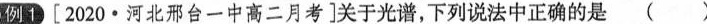
例1 [2020·河北邢台一中高二月考]关于光谱，下列说法中正确的是 ( )